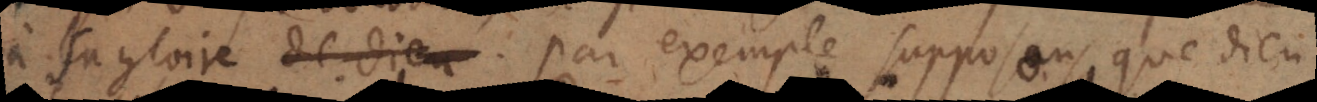
à sa gloirede Dieu. Par exemple supposons que Dieu